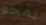
يمحو